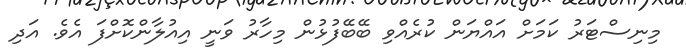
މިނިސްޓަރު ކަމަށް އައްޔަން ކުރެއްވި ބޭބޭފުޅުން މިހާރު ވަނީ އިއުލާންކޮށްފަ އެވެ. އަދި